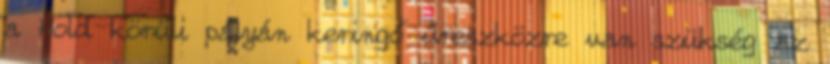
a Hold körüli pályán keringő űreszközre van szükség az